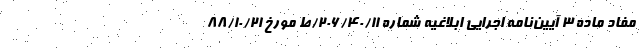
مفاد ماده ۳ آیین‌نامه اجرایی ابلاغیه شماره ۲۰۶/۴۰/۱۱/ط مورخ ۸۸/۱۰/۲۱